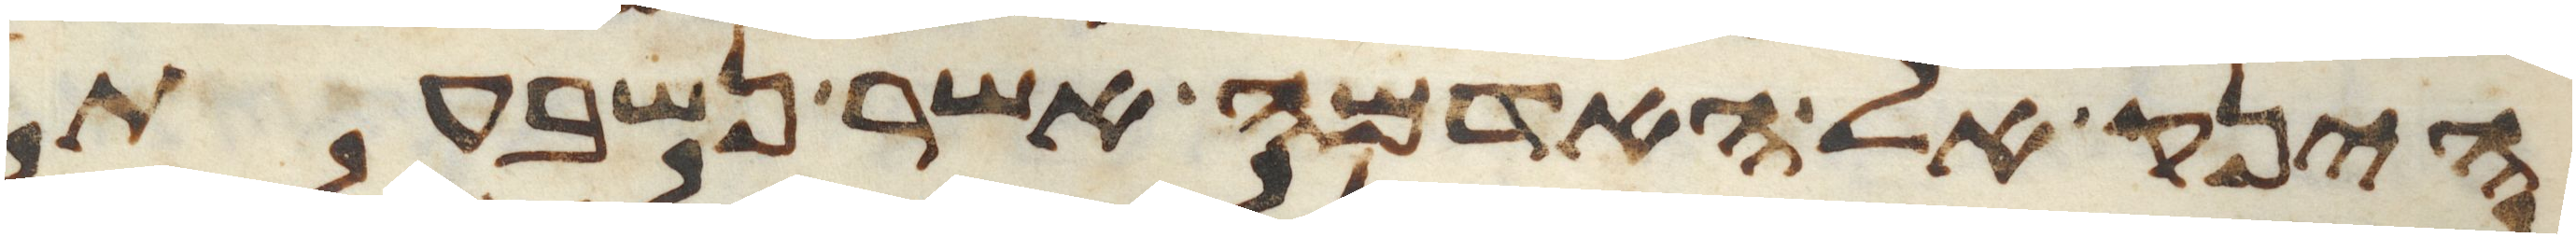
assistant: הינק אל האדמה אשר נשבעת